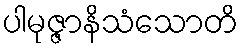
ပါမုဇ္ဇာနိသံသောတိ